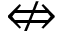
\nLeftrightarrow